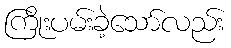
ကြိုးပမ်းခဲ့သော်လည်း